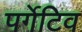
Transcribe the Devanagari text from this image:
पर्गेटिव